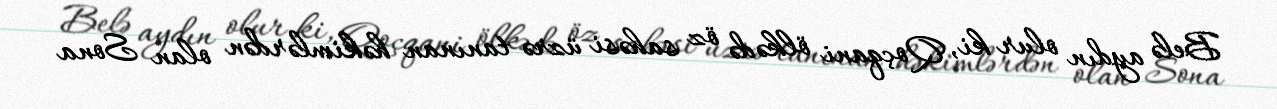
Belə aydın olur ki, Qoçqani ölkədə öz sahəsi üzrə tanınan həkimlərdən olan Sona